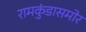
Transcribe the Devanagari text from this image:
रामकुंडासमोर